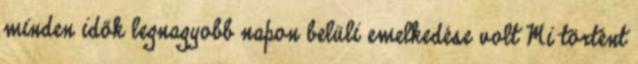
minden idők legnagyobb napon belüli emelkedése volt Mi történt